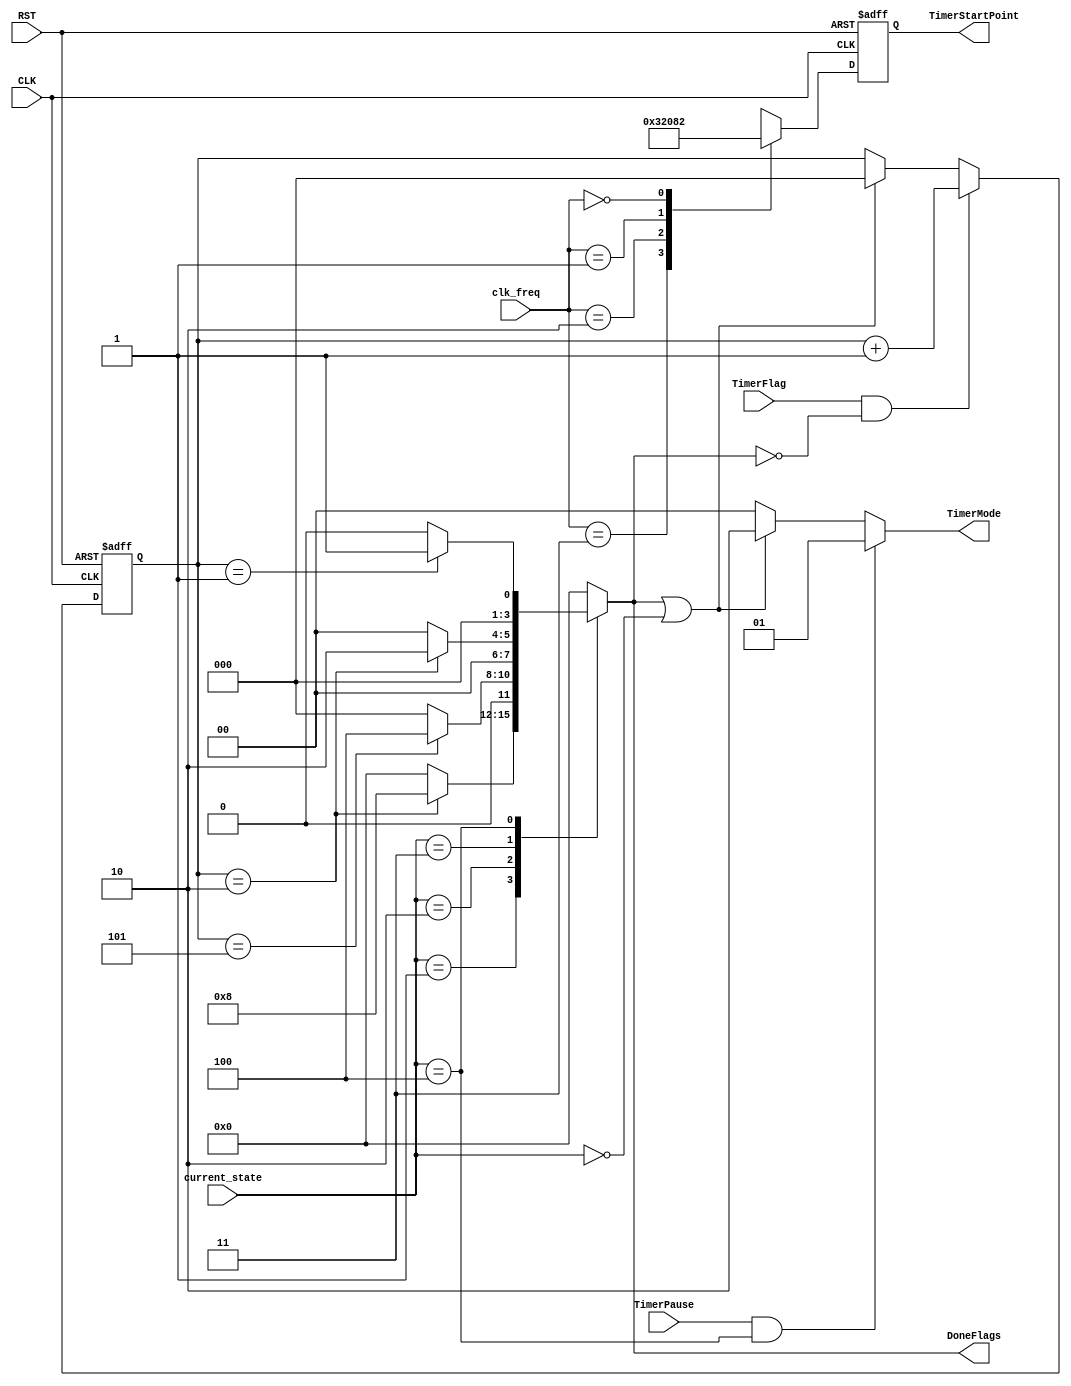
module TimerController 
(
    input wire          CLK,
    input wire          RST,
    input wire [1:0]    clk_freq,
    input wire          TimerPause,
    input wire [2:0]    current_state,
    input wire          TimerFlag,
    output reg [3:0]    DoneFlags, 
    output reg [1:0]    TimerMode,
    //output reg [28:0]   TimerStartPoint   //FIXME:
    output reg [4:0]    TimerStartPoint  
);


//---------------------------- interal signals ----------------------------//

// to count number of minutes needed for each state
reg [2:0]  MinutesCounter;  




//---------------------------- local parameters ---------------------------//

//states 
localparam  IDLE            = 3'b000,
            FillingWater    = 3'b001,
            Washing         = 3'b010,
            Rinsing         = 3'b011,
            Spinning        = 3'b100;

//flags   
localparam  Done_FillingWater  = 4'b1000,
            Done_Washing       = 4'b0100,
            Done_Rinsing       = 4'b0010,
            Done_Spinning      = 4'b0001;

//Counter Modes
localparam  RUN   = 2'b00,
            PAUSE = 2'b01,
            STOP  = 2'b10;

//Clock Options
localparam  CLK1 = 2'b00,
            CLK2 = 2'b01,
            CLK4 = 2'b10,
            CLK8 = 2'b11;


//---------------------- sequential always blocks -------------------------//

//calculating number of minutes for each state
always @ (posedge CLK or negedge RST)
  begin
    if(!RST)
      begin
        MinutesCounter <= 3'b000;
      end
    else if (TimerFlag && !DoneFlags)
      begin
        MinutesCounter <= MinutesCounter + 1;
      end
    else if (DoneFlags || (current_state == IDLE))  
      begin
        MinutesCounter <= 3'b000;
      end
  end

//obtaining timer start point for each operating frequency
always @ (posedge CLK or negedge RST)
  begin
    if(!RST)
      begin
        TimerStartPoint <= 28'd0;
      end
    else 
      begin
        case(clk_freq)
          CLK8:
            begin
              //TimerStartPoint = 28'd480000000  FIXME:
              TimerStartPoint <= 28'd6 ;
            end
          CLK4:
            begin
              //TimerStartPoint = 28'd240000000   FIXME:
              TimerStartPoint <= 28'd8;
            end
          CLK2:
            begin
              //TimerStartPoint = 28'd120000000  FIXME:
              TimerStartPoint <= 28'd4;
            end
          CLK1:
            begin
              //TimerStartPoint = 28'd60000000 -  FIXME:
              TimerStartPoint <= 28'd2 ;
            end
        endcase
      end
  end


//--------------------- combinational always blocks -----------------------//

// to obtain timer mode
always @ (*)
  begin
    if(TimerPause && (current_state == Spinning))
      begin
        TimerMode = PAUSE;
      end
    else if (DoneFlags || (current_state == IDLE))
      begin
        TimerMode = STOP;
      end
    else
      begin
        TimerMode = RUN;
      end
    end 

//to assert a flag at the end of each state
always @ (*)
  begin
    case (current_state)
      FillingWater:
        begin
          if (MinutesCounter == 2)
            begin
              DoneFlags = Done_FillingWater;
            end
          else
            begin
              DoneFlags = 4'b0000;
            end
        end  
      Washing:
        begin
          if (MinutesCounter == 5)
            begin
              DoneFlags = Done_Washing;
            end
          else
            begin
              DoneFlags = 4'b0000;
            end
        end
      Rinsing:
        begin
          if (MinutesCounter == 2)
            begin
              DoneFlags = Done_Rinsing;
            end
          else
            begin
              DoneFlags = 4'b0000;
            end
        end
      Spinning:
        begin
          if (MinutesCounter == 1)
            begin
              DoneFlags = Done_Spinning;
            end
          else
            begin
              DoneFlags = 4'b0000;
            end
        end
      default:
        begin
          DoneFlags = 4'b0000;
        end
    endcase
  end



endmodule